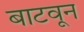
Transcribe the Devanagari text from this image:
बाटवून